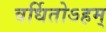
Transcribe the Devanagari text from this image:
वर्धितोऽहम्‌